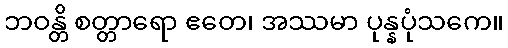
ဘဝန္တိ စတ္တာရော ဧတေ၊ အဿမာ ပုန္နပုံသကေ။